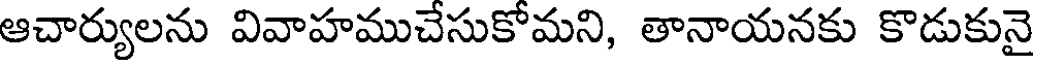
ఆచార్యులను వివాహముచేసుకోమని, తానాయనకు కొడుకునై